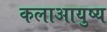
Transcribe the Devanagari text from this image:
कलाआयुष्य